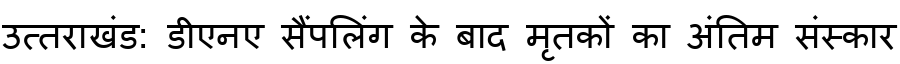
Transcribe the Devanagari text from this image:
उत्तराखंड: डीएनए सैंपलिंग के बाद मृतकों का अंतिम संस्कार